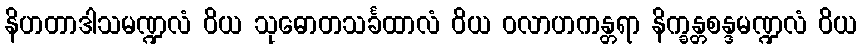
နိဟတာဒါသမဏ္ဍလံ ဝိယ သုဓောတသင်္ခထာလံ ဝိယ ဝလာဟကန္တရာ နိက္ခန္တစန္ဒမဏ္ဍလံ ဝိယ